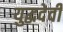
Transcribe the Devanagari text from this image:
युद्धदेवी